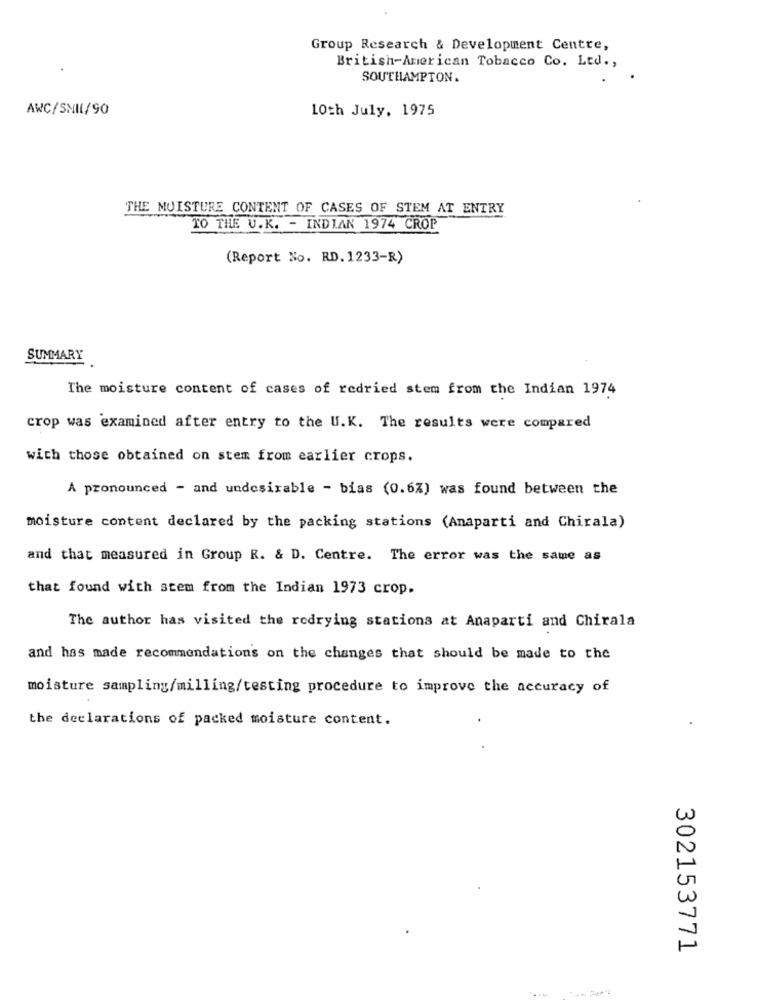
Group Research & Development Centre,
British-American Tobacco Co. Ltd .,
SOUTHAMPTON.
AWC/SNIL/90
10th July, 1975
THE MOISTURE CONTENT OF CASES OF STEM AT ENTRY
TO THE U.K. - INDIAN 1974 CROP
(Report No. RD. 1233-R)
SUMMARY
The moisture content of cases of redried stem from the Indian 1974
crop was examined after entry to the U.K. The results were compared
with those obtained on stem from earlier crops.
A pronounced - and undesirable - bias (0.6%) was found between the
moisture content declared by the packing stations (Anaparti and Chirala)
and that measured in Group R. & D. Centre. The error was the same as
that found with stem from the Indian 1973 crop.
The author has visited the rodrying stations at Anaparti and Chirala
and has made recommendations on the changes that should be made to the
moisture sampling/milling/testing procedure to improve the accuracy of
the declarations of packed moisture content.
302153771